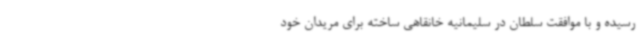
رسیده و با موافقت سلطان در سلیمانیه خانقاهی ساخته برای مریدان خود